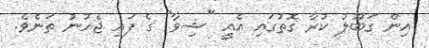
އިން ގަބޫލު ކުރާ ގޮތުގައި އެއީ "ޝިވާ" ގެ ފައި ޖެހުނު ތަނެވެ.